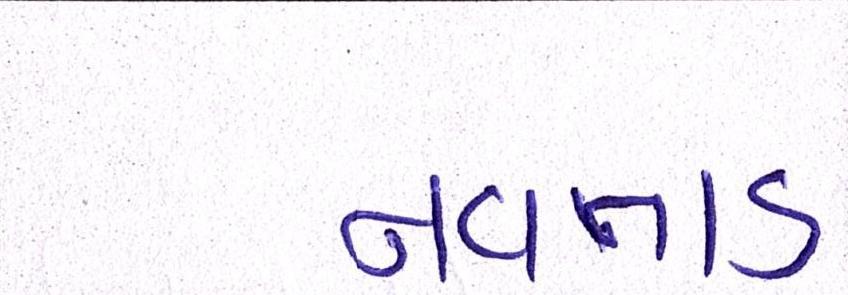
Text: નવતાડ